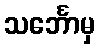
သင်္ဘောမှ